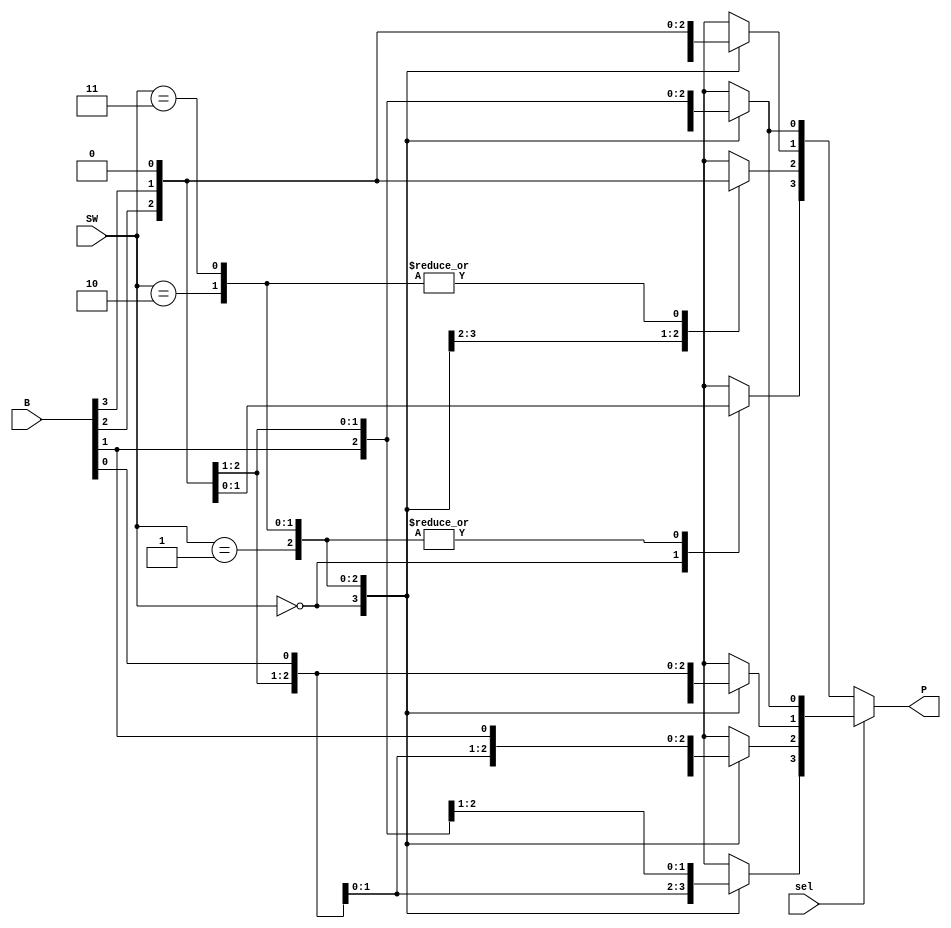
`timescale 1ns / 1ps



module BARSHI(
    input [3:0] B,
    input [1:0] SW,
    input sel,
    output reg [3:0] P
    ); 
    reg [3:0] sr;
    
     always@(*)
    begin
    if(sel)
    begin
    case(SW) // rotate
            2'b00: 
            begin
            sr[3]=B[3];
            sr[2]=B[2];
            sr[1]=B[1];
            sr[0]=B[0];
            end
            
            2'b01:
            begin
            sr[3]=B[0];
            sr[2]=B[3];
            sr[1]=B[2];
            sr[0]=B[1];
            end 
            
            2'b10:
            begin
            sr[3]=B[1];
            sr[2]=B[0];
            sr[1]=B[3];
            sr[0]=B[2];
            end 
            
            2'b11: 
            begin
            sr[3]=B[2];
            sr[2]=B[1];
            sr[1]=B[0];
            sr[0]=B[3];
            end 
        endcase
        end
       else
        begin//shift
        case(SW)
            2'b00: 
            begin
            sr[3]=B[3];
            sr[2]=B[2];
            sr[1]=B[1];
            sr[0]=B[0];
            end
            
            2'b01:
            begin
            sr[3]=0;
            sr[2]=B[3];
            sr[1]=B[2];
            sr[0]=B[1];
            end 
            
            2'b10:
            begin
            sr[3]=0;
            sr[2]=0;
            sr[1]=B[3];
            sr[0]=B[2];
            end 
            
            2'b11: 
            begin
            sr[3]=0;
            sr[2]=0;
            sr[1]=0;
            sr[0]=B[3];
            end 
            endcase
        end
        P = sr;
   end
endmodule